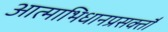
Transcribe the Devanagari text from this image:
आत्माभिधानप्रसक्तौ